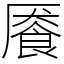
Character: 餍